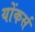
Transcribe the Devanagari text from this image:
योंकर्स